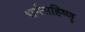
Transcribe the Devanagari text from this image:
धर्मसहिष्णु